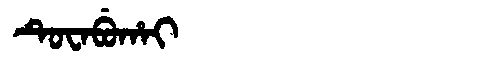
Manchu: ᡨᡠᠸᠠᠪᡠᡥᠠᡳ
Romanization: TUWABUHAI